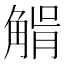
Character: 𧤉